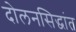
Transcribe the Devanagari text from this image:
दोलनसिद्धांत